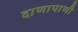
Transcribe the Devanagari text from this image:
दाणापाणी